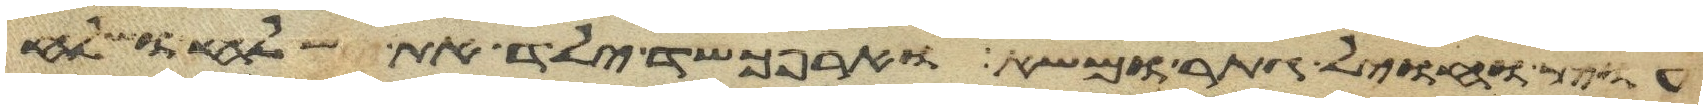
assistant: עוץ וחויל גתר ומשא וארפכשד ילד את שלח ושלח